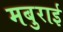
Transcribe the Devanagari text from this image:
मबुराई